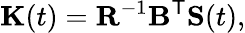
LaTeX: \mathbf{K}(t)=\mathbf{R}^{-1}\mathbf{B}^{\mathsf{T}}\mathbf{S}(t),